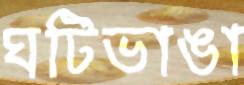
ঘটিভাঙা